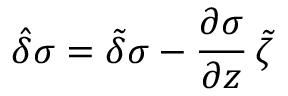
\boldsymbol { \hat { \delta } } \sigma = \boldsymbol { \tilde { \delta } } \sigma - \frac { \partial \sigma } { \partial \boldsymbol { z } } \, \boldsymbol { \tilde { \zeta } }